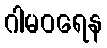
ဂါမဝရေန